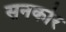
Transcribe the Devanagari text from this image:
सनकोर